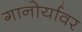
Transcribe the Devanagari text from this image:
गानोर्यावर